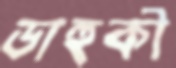
ডাহুকী